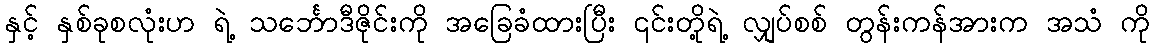
နှင့် နှစ်ခုစလုံးဟ ရဲ့ သင်္ဘောဒီဇိုင်းကို အခြေခံထားပြီး ၎င်းတို့ရဲ့ လျှပ်စစ် တွန်းကန်အားက အသံ ကို